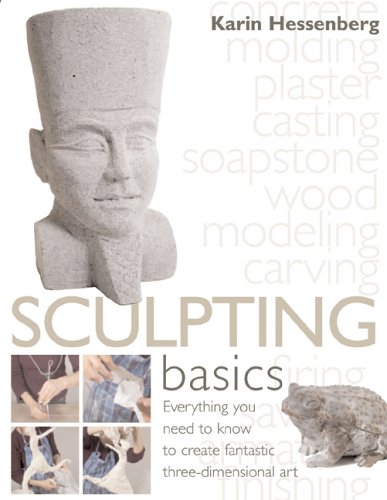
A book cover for Sculpting Basics: Everything You Need to Know to Create Three-Dimensional Artworks; Karin Hessenberg; Arts & Photography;